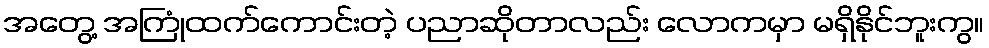
အတွေ့ အကြုံထက်ကောင်းတဲ့ ပညာဆိုတာလည်း လောကမှာ မရှိနိုင်ဘူးကွ။